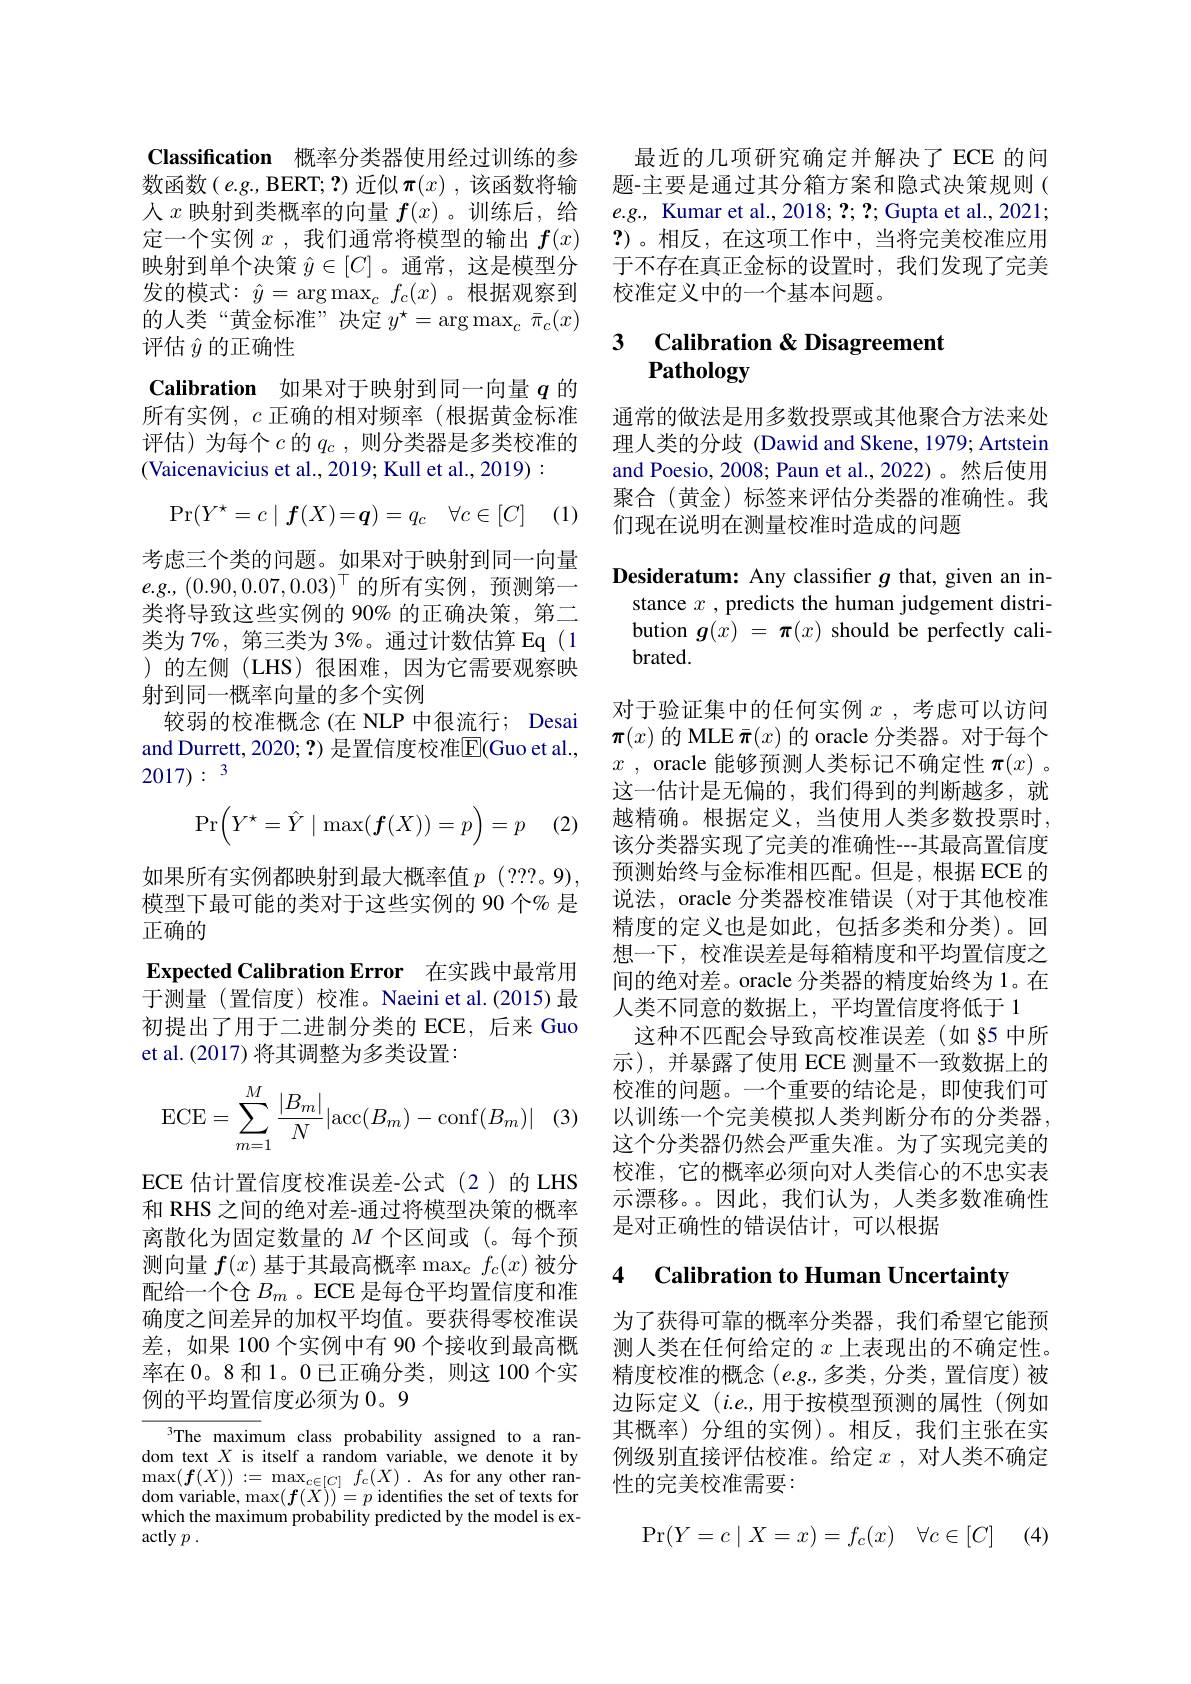
Classification 概率分类器使用经过训练的参数函数(e.g.,BERT;?)近似$\pi(x)$,该函数将输人$x$映射到类概率的向量$f(x)$ 。训练后，给定一个实例$x$ ,我们通常将模型的输出$f(x)$ 映射到单个决策$\hat{y}\in[C]$。通常，这是模型分发的模式：$\hat{y}=\arg\max_cf_c(x)$ 。根据观察到的人类“黄金标准”决定$y^\star=\arg\max_c\bar{\pi}_c(x)$ 评估$\hat{y}$的正确性

Calibration 如果对于映射到同一向量$q$的

所有实例，$c$正确的相对频率(根据黄金标准评估)为每个$c$的$q_c$,则分类器是多类校准的(Vaicenavicius et al., 2019; Kull et al., 2019):

(1)
$$\Pr(Y^\star=c\mid\boldsymbol{f}(X)=\boldsymbol{q})=q_c\quad\forall c\in[C]$$
考虑三个类的问题。如果对于映射到同一向量$e. g. $, $( 0. 90, 0. 07, 0. 03) ^{\top }$的所有实例，预测第一类将导致这些实例的 90% 的正确决策，第二类为 7%, 第三类为 3%。通过计数估算 Eq (1 )的左侧(LHS)很困难，因为它需要观察映射到同一概率向量的多个实例
较弱的校准概念(在 NLP 中很流行；Desai and Durrett, 2020; ?) 是置信度校准$\overline{\mathrm{E}}($Guo et al., 2017):{3}
$$\Pr\bigg(Y^\star=\hat{Y}\mid\max(\boldsymbol{f}(X))=p\bigg)=p$$
(2,

如果所有实例都映射到最大概率值$p$ ( ? ? ? 。9) , 模型下最可能的类对于这些实例的 90 个% 是正确的
Expected Calibration Error 在实践中最常用于测量(置信度)校准。Naeini et al.(2015) 最初提出了用于二进制分类的 ECE, 后来 Guo et al.(2017) 将其调整为多类设置：
$$\mathrm{ECE}=\sum_{m=1}^M\frac{|B_m|}{N}|\mathrm{acc}(B_m)-\mathrm{conf}(B_m)|$$
ECE 估计置信度校准误差-公式(2)的LHS 和 RHS 之间的绝对差-通过将模型决策的概率离散化为固定数量的$M$个区间或(。每个预测向量$f(x)$基于其最高概率$\max_cf_c(x)$被分配给一个仓$B_m$ 。ECE 是每仓平均置信度和准确度之间差异的加权平均值。要获得零校准误差，如果 100 个实例中有 90 个接收到最高概率在 0。8 和 1。0 已正确分类，则这 100 个实例的平均置信度必须为 0。9

$^3$The maximum class probability assigned to a random text $X$ is itself a random variable, we denote it by $\max(f(X)):=\max_{c\in[C]}f_{c}(X).$As for any other ran- $\begin{array}{ll}{\mathrm{dom~variable,~max}(f(X))=p\text{ identifies the set of texts for}}\\{\mathrm{which~the~maximum~probability~predicted~by~the~model~is~ex-}}\end{array}$ actly $p$ .

最近的几项研究确定并解决了ECE 的问题-主要是通过其分箱方案和隐式决策规则( $e.g.$, Kumar et al., 2018; ?; ?; Gupta et al., 2021; ?)。相反，在这项工作中，当将完美校准应用于不存在真正金标的设置时，我们发现了完美校准定义中的一个基本问题。

## 3 Calibration & Disagreement Pathology

通常的做法是用多数投票或其他聚合方法来处理人类的分歧 (Dawid and Skene, 1979; Artstein and Poesio, 2008; Paun et al., 2022)。然后使用聚合(黄金)标签来评估分类器的准确性。我们现在说明在测量校准时造成的问题

Desideratum: Any classifier $g$ that, given an in-
stance $x$ , predicts the human judgement distribution $g(x)=\boldsymbol{\pi}(x)$ should be perfectly calibrated.

对于验证集中的任何实例$x$ ,考虑可以访问$\boldsymbol{\pi}(x)$的 MLE $\bar{\boldsymbol{\pi}}(x)$的 oracle 分类器。对于每个$x$ , oracle 能够预测人类标记不确定性$\boldsymbol{\pi }( x)$ 。这一估计是无偏的，我们得到的判断越多，就越精确。根据定义，当使用人类多数投票时， 该分类器实现了完美的准确性---其最高置信度预测始终与金标准相匹配。但是，根据 ECE 的说法，oracle 分类器校准错误(对于其他校准精度的定义也是如此，包括多类和分类)。回想一下，校准误差是每箱精度和平均置信度之间的绝对差。oracle 分类器的精度始终为 1。在人类不同意的数据上，平均置信度将低于 1
这种不匹配会导致高校准误差(如§5 中所示),并暴露了使用 ECE 测量不一致数据上的校准的问题。一个重要的结论是，即使我们可以训练一个完美模拟人类判断分布的分类器， 这个分类器仍然会严重失准。为了实现完美的校准，它的概率必须向对人类信心的不忠实表示漂移。。因此，我们认为，人类多数准确性是对正确性的错误估计，可以根据

### 4 $\textbf{Calibration to Human Uncertainty}$

为了获得可靠的概率分类器，我们希望它能预测人类在任何给定的$x$上表现出的不确定性。精度校准的概念 $(e.g.$,多类，分类，置信度)被边际定义(i.e.,用于按模型预测的属性(例如其概率) 分组的实例)。相反，我们主张在实例级别直接评估校准。给定$x$ ,对人类不确定性的完美校准需要：
$$\Pr(Y=c\mid X=x)=f_c(x)\quad\forall c\in[C]$$